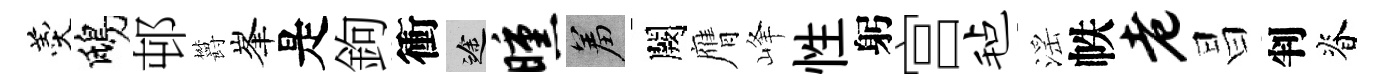
羹鴟邨欝峯是鉤衝途曛羞闕膺峰性躬宫毡滛帙老昌判脊